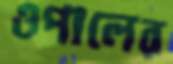
ওপালের